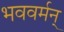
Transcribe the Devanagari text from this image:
भववर्मन्‌